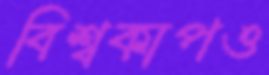
বিশ্বকাপও